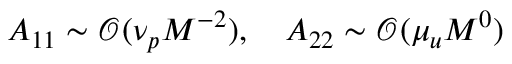
A _ { 1 1 } \sim \mathcal { O } ( \nu _ { p } M ^ { - 2 } ) , \quad A _ { 2 2 } \sim \mathcal { O } ( \mu _ { u } M ^ { 0 } )